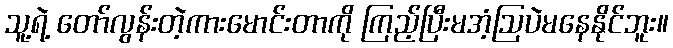
သူ့ရဲ့ တော်လွန်းတဲ့ကားမောင်းတာကို ကြည့်ပြီးမအံ့ဩပဲမနေနိုင်ဘူး။